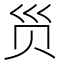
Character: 𲂺